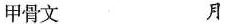
甲骨文 月